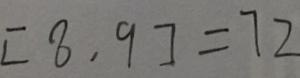
[ 8 \cdot 9 ] = 7 2